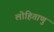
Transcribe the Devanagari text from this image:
लोहिताणु